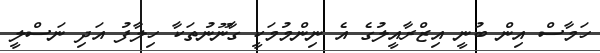
ހަމާސް އިން ބުނީ އިޒްރާއީލުގެ އެ ނިންމުމަކީ ގާނޫނުތަކާ ހިލާފު އަދި ނަސްލީ